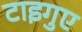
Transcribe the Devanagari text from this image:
टाइगुए